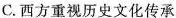
C.西方重视历史文化传承